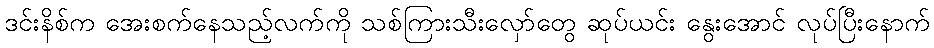
ဒင်းနိစ်က အေးစက်နေသည့်လက်ကို သစ်ကြားသီးလှော်တွေ ဆုပ်ယင်း နွေးအောင် လုပ်ပြီးနောက်